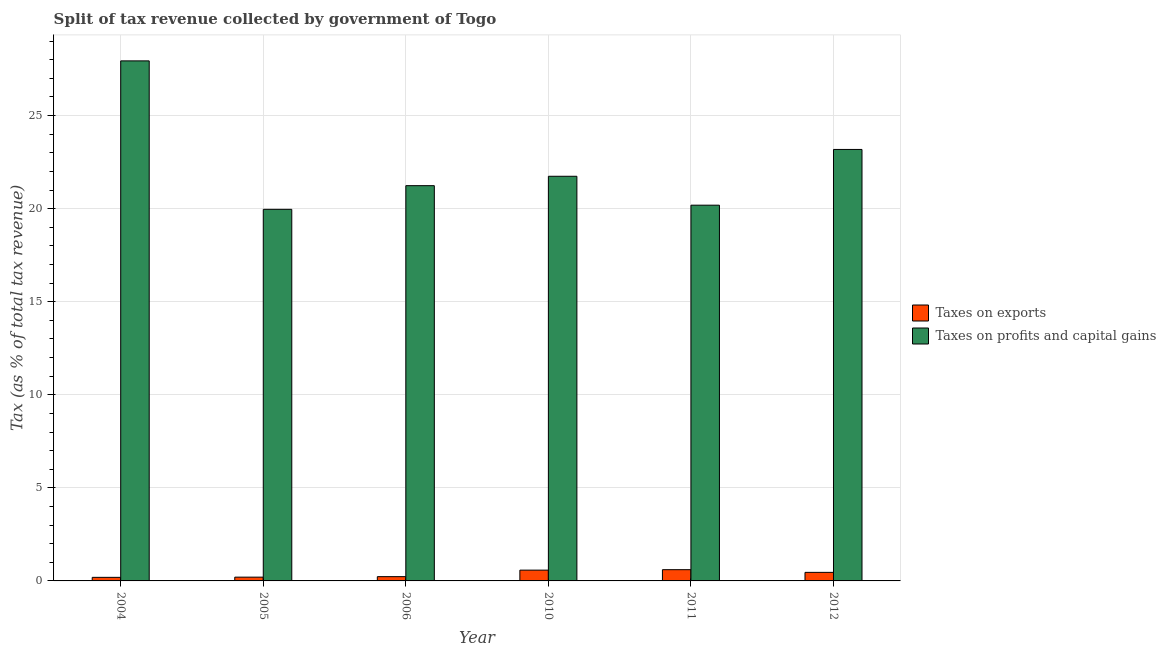
| Year | Taxes on exports | Taxes on profits and capital gains |
 | --- | --- | --- |
 | 2004 | 0.191 | 27.9 |
 | 2005 | 0.203 | 20 |
 | 2006 | 0.229 | 21.2 |
 | 2010 | 0.579 | 21.7 |
 | 2011 | 0.604 | 20.2 |
 | 2012 | 0.459 | 23.2 |